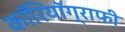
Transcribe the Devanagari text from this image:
कॉरियॉग्राफी